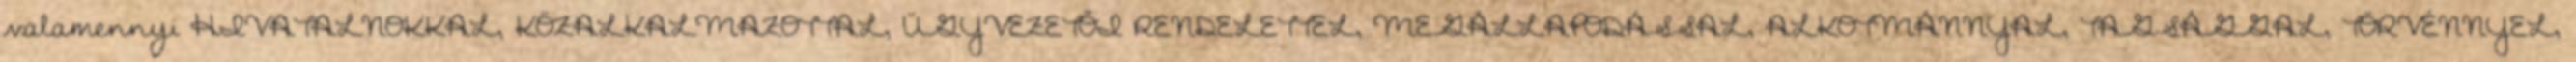
valamennyi HIVATALNOKKAL, KÖZALKALMAZOTTAL, ÜGYVEZETŐI RENDELETTEL, MEGÁLLAPODÁSSAL, ALKOTMÁNNYAL, TAGSÁGGAL, TÖRVÉNNYEL,